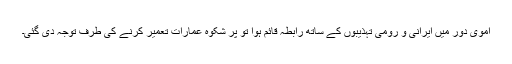
اموی دور میں ایرانی و رومی تہذیبوں کے ساتھ رابطہ قائم ہوا تو پر شکوہ عمارات تعمیر کرنے کی طرف توجہ دی گئی۔